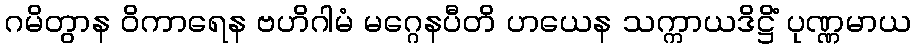
ဂမိတွာန ဝိကာရေန ဗဟိဂါမံ မဂ္ဂေနပီတိ ဟယေန သက္ကာယဒိဋ္ဌိံ ပုဏ္ဏမာယ